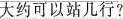
大约可以站几行？